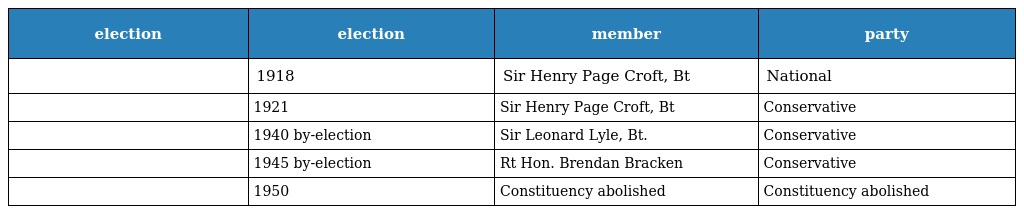
| election | election | member | party |
 | --- | --- | --- | --- |
 |  | 1918 | Sir Henry Page Croft, Bt | National |
 |  | 1921 | Sir Henry Page Croft, Bt | Conservative |
 |  | 1940 by-election | Sir Leonard Lyle, Bt. | Conservative |
 |  | 1945 by-election | Rt Hon. Brendan Bracken | Conservative |
 |  | 1950 | Constituency abolished | Constituency abolished |